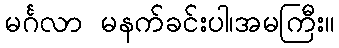
မင်္ဂလာ မနက်ခင်းပါ၊အမကြီး။